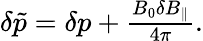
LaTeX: \begin{array}{r}{\delta\tilde{p}=\delta p+\frac{B_{0}\delta B_{\parallel}}{4\pi}.}\end{array}